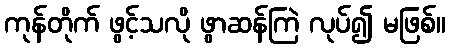
ကုန်တိုက် ဖွင့်သလို ဖွာဆန်ကြဲ လုပ်၍ မဖြစ်။